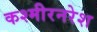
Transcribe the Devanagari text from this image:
कश्मीरनरेश